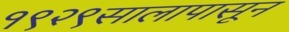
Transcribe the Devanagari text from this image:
१९२९सालापासून